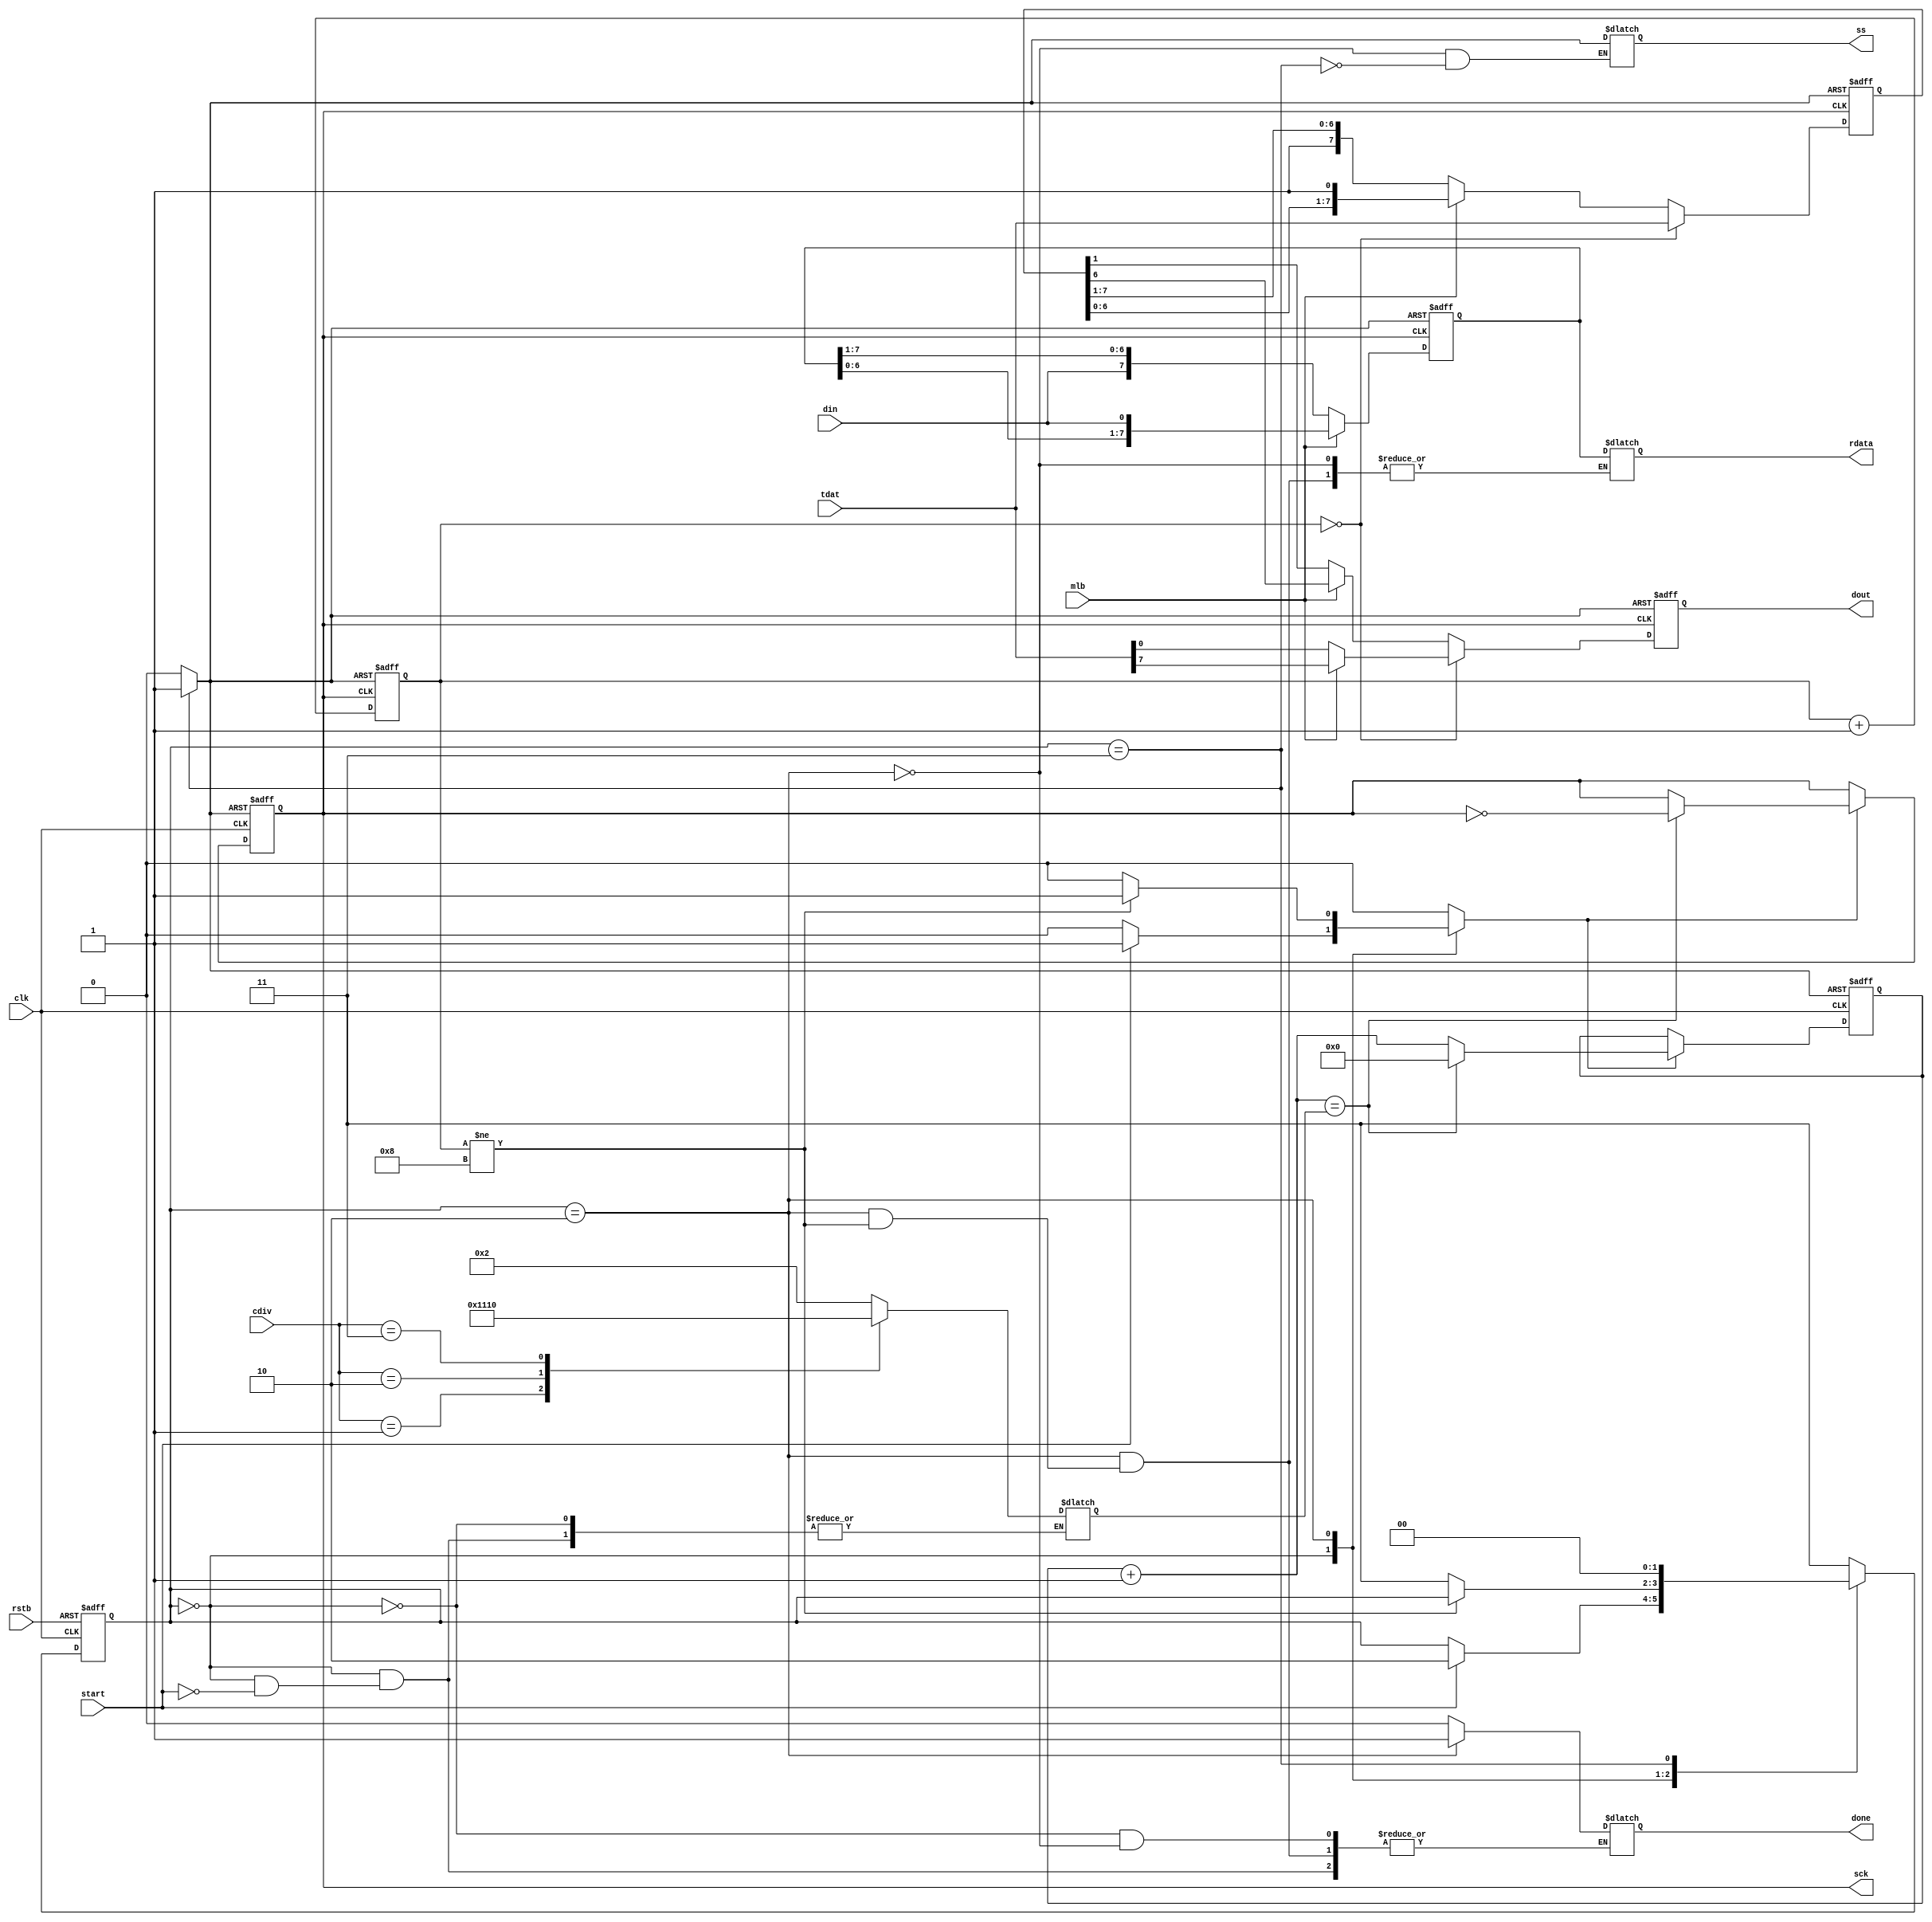
// This program was cloned from: https://github.com/tangxifan/micro_benchmark
// License: MIT License

////////////////////////////////////////////////////////////////////////////////
////                                                                        ////
//// Project Name: SPI (Verilog)                                            ////
////                                                                        ////
//// Module Name: spi_master                                                ////
////                                                                        ////
////                                                                        ////
////  This file is part of the Ethernet IP core project                     ////
////  http://opencores.com/project,spi_verilog_master_slave                 ////
////                                                                        ////
////  Author(s):                                                            ////
////      Santhosh G (santhg@opencores.org)                                 ////
////                                                                        ////
////  Refer to Readme.txt for more information                              ////
////                                                                        ////
////////////////////////////////////////////////////////////////////////////////
////                                                                        ////
//// Copyright (C) 2014, 2015 Authors                                       ////
////                                                                        ////
//// This source file may be used and distributed without                   ////
//// restriction provided that this copyright statement is not              ////
//// removed from the file and that any derivative work contains            ////
//// the original copyright notice and the associated disclaimer.           ////
////                                                                        ////
//// This source file is free software; you can redistribute it             ////
//// and/or modify it under the terms of the GNU Lesser General             ////
//// Public License as published by the Free Software Foundation;           ////
//// either version 2.1 of the License, or (at your option) any             ////
//// later version.                                                         ////
////                                                                        ////
//// This source is distributed in the hope that it will be                 ////
//// useful, but WITHOUT ANY WARRANTY; without even the implied             ////
//// warranty of MERCHANTABILITY or FITNESS FOR A PARTICULAR                ////
//// PURPOSE.  See the GNU Lesser General Public License for more           ////
//// details.                                                               ////
////                                                                        ////
//// You should have received a copy of the GNU Lesser General              ////
//// Public License along with this source; if not, download it             ////
//// from http://www.opencores.org/lgpl.shtml                               ////
////                                                                        ////
////////////////////////////////////////////////////////////////////////////////
/*~~~~~~~~~~~~~~~~~~~~~~~~~~~~~~~~~~~~~~~~~~~~~~~~~~~~~~~~~~~~~~~~~~~~~~~~~~~~~~
  SPI MODE 3
		CHANGE DATA @ NEGEDGE
		read data @posedge

 RSTB-active low asyn reset, CLK-clock, T_RB=0-rx  1-TX, mlb=0-LSB 1st 1-msb 1st
 START=1- starts data transmission cdiv 0=clk/4 1=/8   2=/16  3=/32
~~~~~~~~~~~~~~~~~~~~~~~~~~~~~~~~~~~~~~~~~~~~~~~~~~~~~~~~~~~~~~~~~~~~~~~~~~~~~~*/
module spi_master(rstb,clk,mlb,start,tdat,cdiv,din, ss,sck,dout,done,rdata);
    input rstb,clk,mlb,start;
    input [7:0] tdat;  //transmit data
    input [1:0] cdiv;  //clock divider
	input din;
	output reg ss; 
	output reg sck; 
	output reg dout; 
    output reg done;
	output reg [7:0] rdata; //received data

parameter idle=2'b00;		
parameter send=2'b10; 
parameter finish=2'b11; 
reg [1:0] cur,nxt;

	reg [7:0] treg,rreg;
	reg [3:0] nbit;
	reg [4:0] mid,cnt;
	reg shift,clr;

//FSM i/o
always @(start or cur or nbit or cdiv or rreg) begin
		 nxt=cur;
		 clr=0;  
		 shift=0;//ss=0;
		 case(cur)
			idle:begin
				if(start==1)
		               begin 
							 case (cdiv)
								2'b00: mid=2;
								2'b01: mid=4;
								2'b10: mid=8;
								2'b11: mid=16;
 							 endcase
						shift=1;
						done=1'b0;
						nxt=send;	 
						end
		        end //idle
			send:begin
				ss=0;
				if(nbit!=8)
					begin shift=1; end
				else begin
						rdata=rreg;done=1'b1;
						nxt=finish;
					end
				end//send
			finish:begin
					shift=0;
					ss=1;
					clr=1;
					nxt=idle;
				 end
			default: nxt=finish;
      endcase
    end//always

//state transistion
always@(negedge clk or negedge rstb) begin
 if(rstb==0) 
   cur<=finish;
 else 
   cur<=nxt;
 end

//setup falling edge (shift dout) sample rising edge (read din)
always@(negedge clk or posedge clr) begin
  if(clr==1) 
		begin cnt=0; sck=1; end
  else begin
	if(shift==1) begin
		cnt=cnt+1; 
	  if(cnt==mid) begin
	  	sck=~sck;
		cnt=0;
		end //mid
	end //shift
 end //rst
end //always

//sample @ rising edge (read din)
always@(posedge sck or posedge clr ) begin // or negedge rstb
 if(clr==1)  begin
			nbit=0;  rreg=8'hFF;  end
    else begin 
		  if(mlb==0) //LSB first, din@msb -> right shift
			begin  rreg={din,rreg[7:1]};  end 
		  else  //MSB first, din@lsb -> left shift
			begin  rreg={rreg[6:0],din};  end
		  nbit=nbit+1;
 end //rst
end //always

always@(negedge sck or posedge clr) begin
 if(clr==1) begin
	  treg=8'hFF;  dout=1;  
  end  
 else begin
		if(nbit==0) begin //load data into TREG
			treg=tdat; dout=mlb?treg[7]:treg[0];
		end //nbit_if
		else begin
			if(mlb==0) //LSB first, shift right
				begin treg={1'b1,treg[7:1]}; dout=treg[0]; end
			else//MSB first shift LEFT
				begin treg={treg[6:0],1'b1}; dout=treg[7]; end
		end
 end //rst
end //always


endmodule